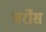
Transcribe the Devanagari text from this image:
बर्रोस